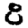
Digit: 8